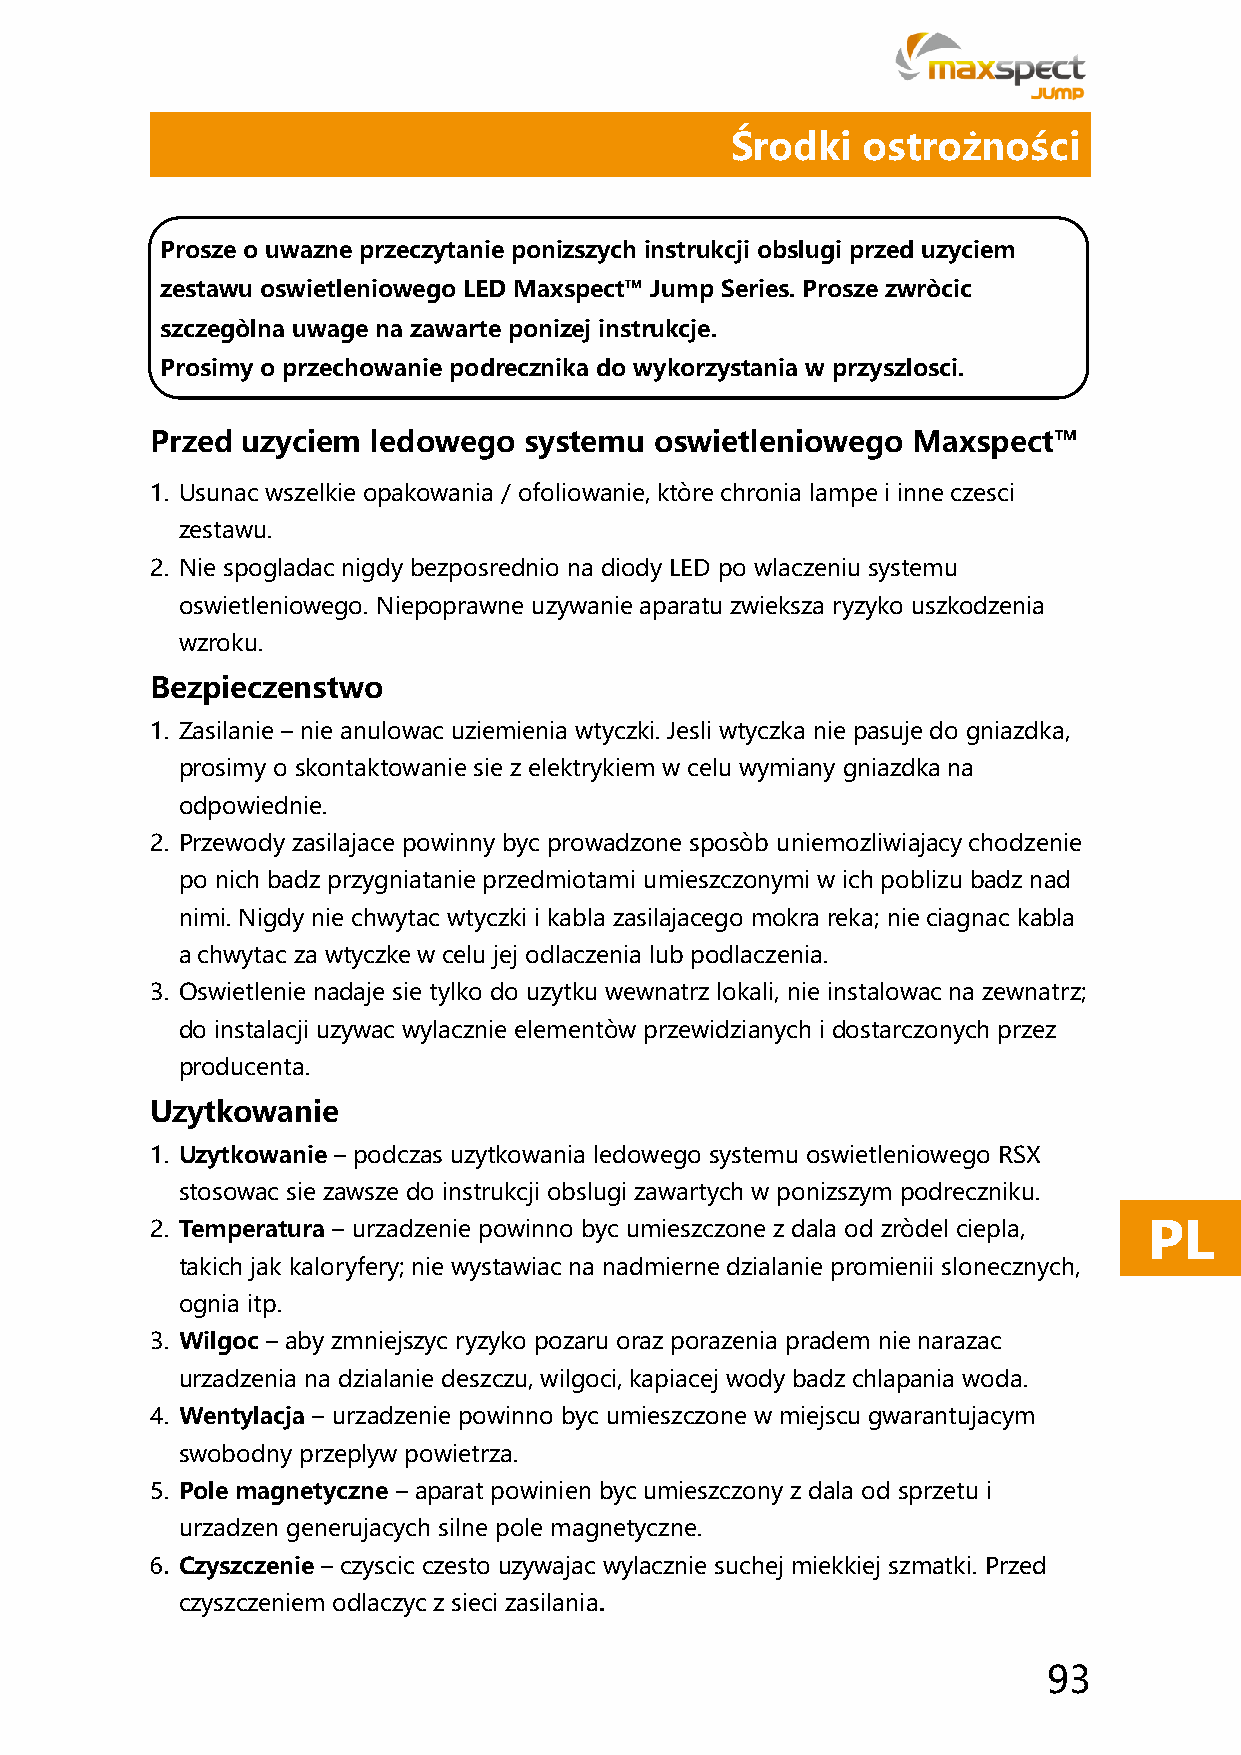
Środki   ostrożności
 Prosze o uwazne przeczytanie ponizszych instrukcji obslugi przed uzyciem
 zestawu oswietleniowego LED Maxspect™ Jump Series. Prosze zwròcic
 szczegòlna uwage na zawarte ponizej instrukcje.
 Prosimy o przechowanie podrecznika do wykorzystania w przyszlosci.
 Przed uzyciem  ledowego  systemu oswietleniowego  Maxspect™
 1. Usunac wszelkie opakowania / ofoliowanie, ktòre chronia lampe i inne czesci
 zestawu.
 2. Nie spogladac nigdy bezposrednio na diody LED po wlaczeniu systemu
 oswietleniowego. Niepoprawne uzywanie aparatu zwieksza ryzyko uszkodzenia
 wzroku.
 Bezpieczenstwo
 1. Zasilanie – nie anulowac uziemienia wtyczki. Jesli wtyczka nie pasuje do gniazdka,
 prosimy o skontaktowanie sie z elektrykiem w celu wymiany gniazdka na
 odpowiednie.
 2. Przewody zasilajace powinny byc prowadzone sposòb uniemozliwiajacy chodzenie
 po nich badz przygniatanie przedmiotami umieszczonymi w ich poblizu badz nad
 nimi. Nigdy nie chwytac wtyczki i kabla zasilajacego mokra reka; nie ciagnac kabla
 a chwytac za wtyczke w celu jej odlaczenia lub podlaczenia.
 3. Oswietlenie nadaje sie tylko do uzytku wewnatrz lokali, nie instalowac na zewnatrz;
 do instalacji uzywac wylacznie elementòw przewidzianych i dostarczonych przez
 producenta.
 Uzytkowanie
 1. Uzytkowanie – podczas uzytkowania ledowego systemu oswietleniowego RSX
 stosowac sie zawsze do instrukcji obslugi zawartych w ponizszym podreczniku.
 2. Temperatura – urzadzenie powinno byc umieszczone z dala od zròdel ciepla, PL
 takich jak kaloryfery; nie wystawiac na nadmierne dzialanie promienii slonecznych,
 ognia itp.
 3. Wilgoc – aby zmniejszyc ryzyko pozaru oraz porazenia pradem nie narazac
 urzadzenia na dzialanie deszczu, wilgoci, kapiacej wody badz chlapania woda.
 4. Wentylacja – urzadzenie powinno byc umieszczone w miejscu gwarantujacym
 swobodny przeplyw powietrza.
 5. Pole magnetyczne – aparat powinien byc umieszczony z dala od sprzetu i
 urzadzen generujacych silne pole magnetyczne.
 6. Czyszczenie – czyscic czesto uzywajac wylacznie suchej miekkiej szmatki. Przed
 czyszczeniem odlaczyc z sieci zasilania.
 93